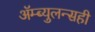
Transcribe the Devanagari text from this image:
ॲम्ब्युलन्सही